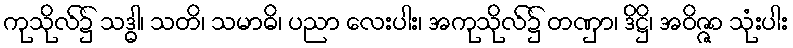
ကုသိုလ်၌ သဒ္ဓါ၊ သတိ၊ သမာဓိ၊ ပညာ လေးပါး၊ အကုသိုလ်၌ တဏှာ၊ ဒိဋ္ဌိ၊ အဝိဇ္ဇာ သုံးပါး